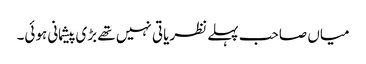
میاں صاحب پہلے نظریاتی نہیں تھے بڑی پیشمانی ہوئی۔